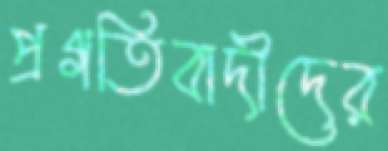
প্রগতিবাদীদের